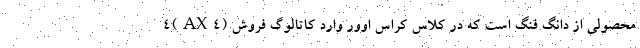
4(AX4) محصولی از دانگ فنگ است که در کلاس کراس اوور وارد کاتالوگ فروش